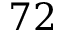
7 2